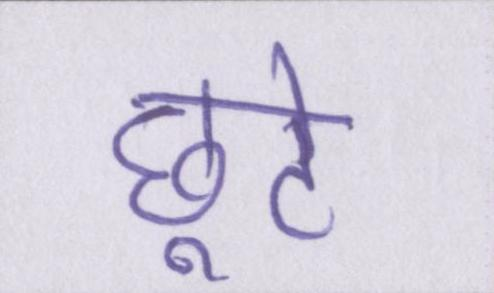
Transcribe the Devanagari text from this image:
छूटे